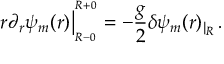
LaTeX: r \partial _ { r } \psi _ { m } ( r ) \big | _ { _ { R - 0 } } ^ { ^ { R + 0 } } = - { \frac { g } { 2 } } \delta \psi _ { m } ( r ) _ { | _ { R } } \, .